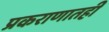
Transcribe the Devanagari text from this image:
प्रकराणातही